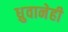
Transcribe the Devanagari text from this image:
ध्रुवानेही